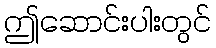
ဤဆောင်းပါးတွင်